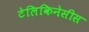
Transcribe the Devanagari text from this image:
टेलिकिनेसीस